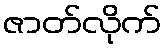
ဇာတ်လိုက်